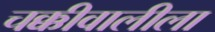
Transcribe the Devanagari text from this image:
चक्कीवालीला